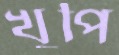
খুপি